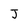
Character: J